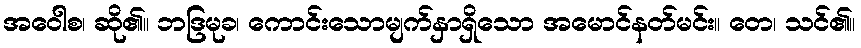
အဝေါစ၊ ဆို၏။ ဘဒြမုခ၊ ကောင်းသောမျက်နှာရှိသော အမောင်နတ်မင်း။ တေ၊ သင်၏။